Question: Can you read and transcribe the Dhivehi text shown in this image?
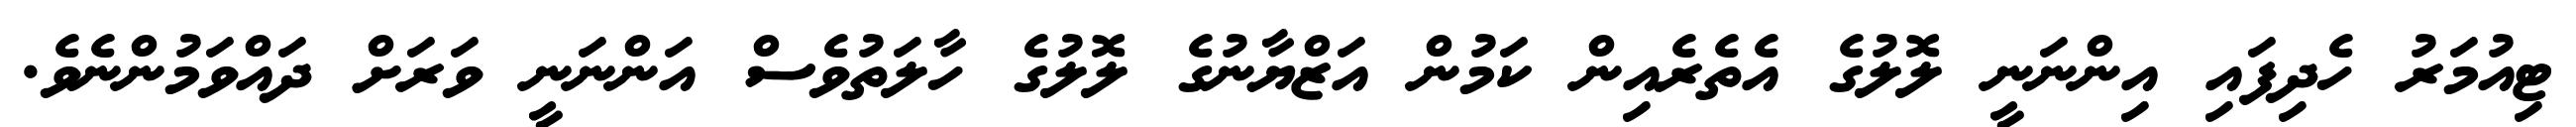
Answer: ޓިއުމަރު ހެދިފައި އިންނަނީ ލޮލުގެ އެތެރެއިން ކަމުން އަޒްޔާނުގެ ލޮލުގެ ހާލަތުވެސް އަންނަނީ ވަރަށް ދައްވަމުންނެވެ.